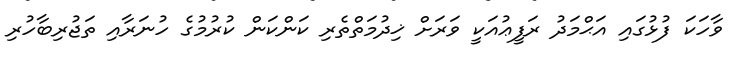
ވާހަކަ ފުޅުގައި އަޙްމަދު ރަފީޢުއަކީ ވަރަށް ޚިދުމަތްތެރި ކަންކަން ކުރުމުގެ ހުނަރާއި ތަޖުރިބާހުރި